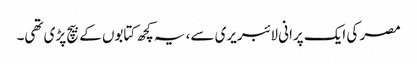
مصر کی ایک پرانی لائبریری سے، یہ کچھ کتابوں کے بیچ پڑی تھی۔